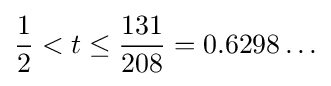
{\frac {1}{2}}<t\leq {\frac {131}{208}}=0.6298\ldots